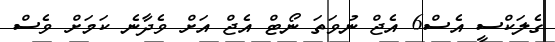
ގެލަކްސީ އެސް6 އެޖް ނުވަތަ ނޯޓް އެޖް އަށް ވެދާނެ ކަމަށް ވެސް